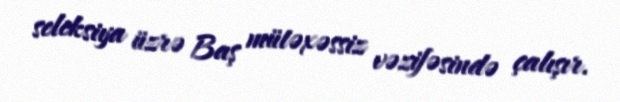
seleksiya üzrə Baş mütəxəssiz vəzifəsində çalışır.